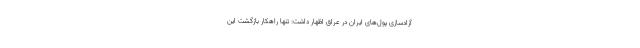
آزادسازی پول‌های ایران در عراق اظهار داشت: تنها راهکار بازگشت این